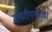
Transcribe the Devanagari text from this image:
रायरीपर्यंतचा